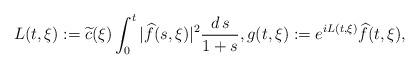
LaTeX: \begin{align*}L(t,\xi) := {\widetilde{c}(\xi)}\int^{t}_{0} |\widehat{f}(s,\xi) |^{2} \frac{d\,s}{1+s},g(t,\xi) := e^{i L(t,\xi)} \widehat{f}(t,\xi),\end{align*}